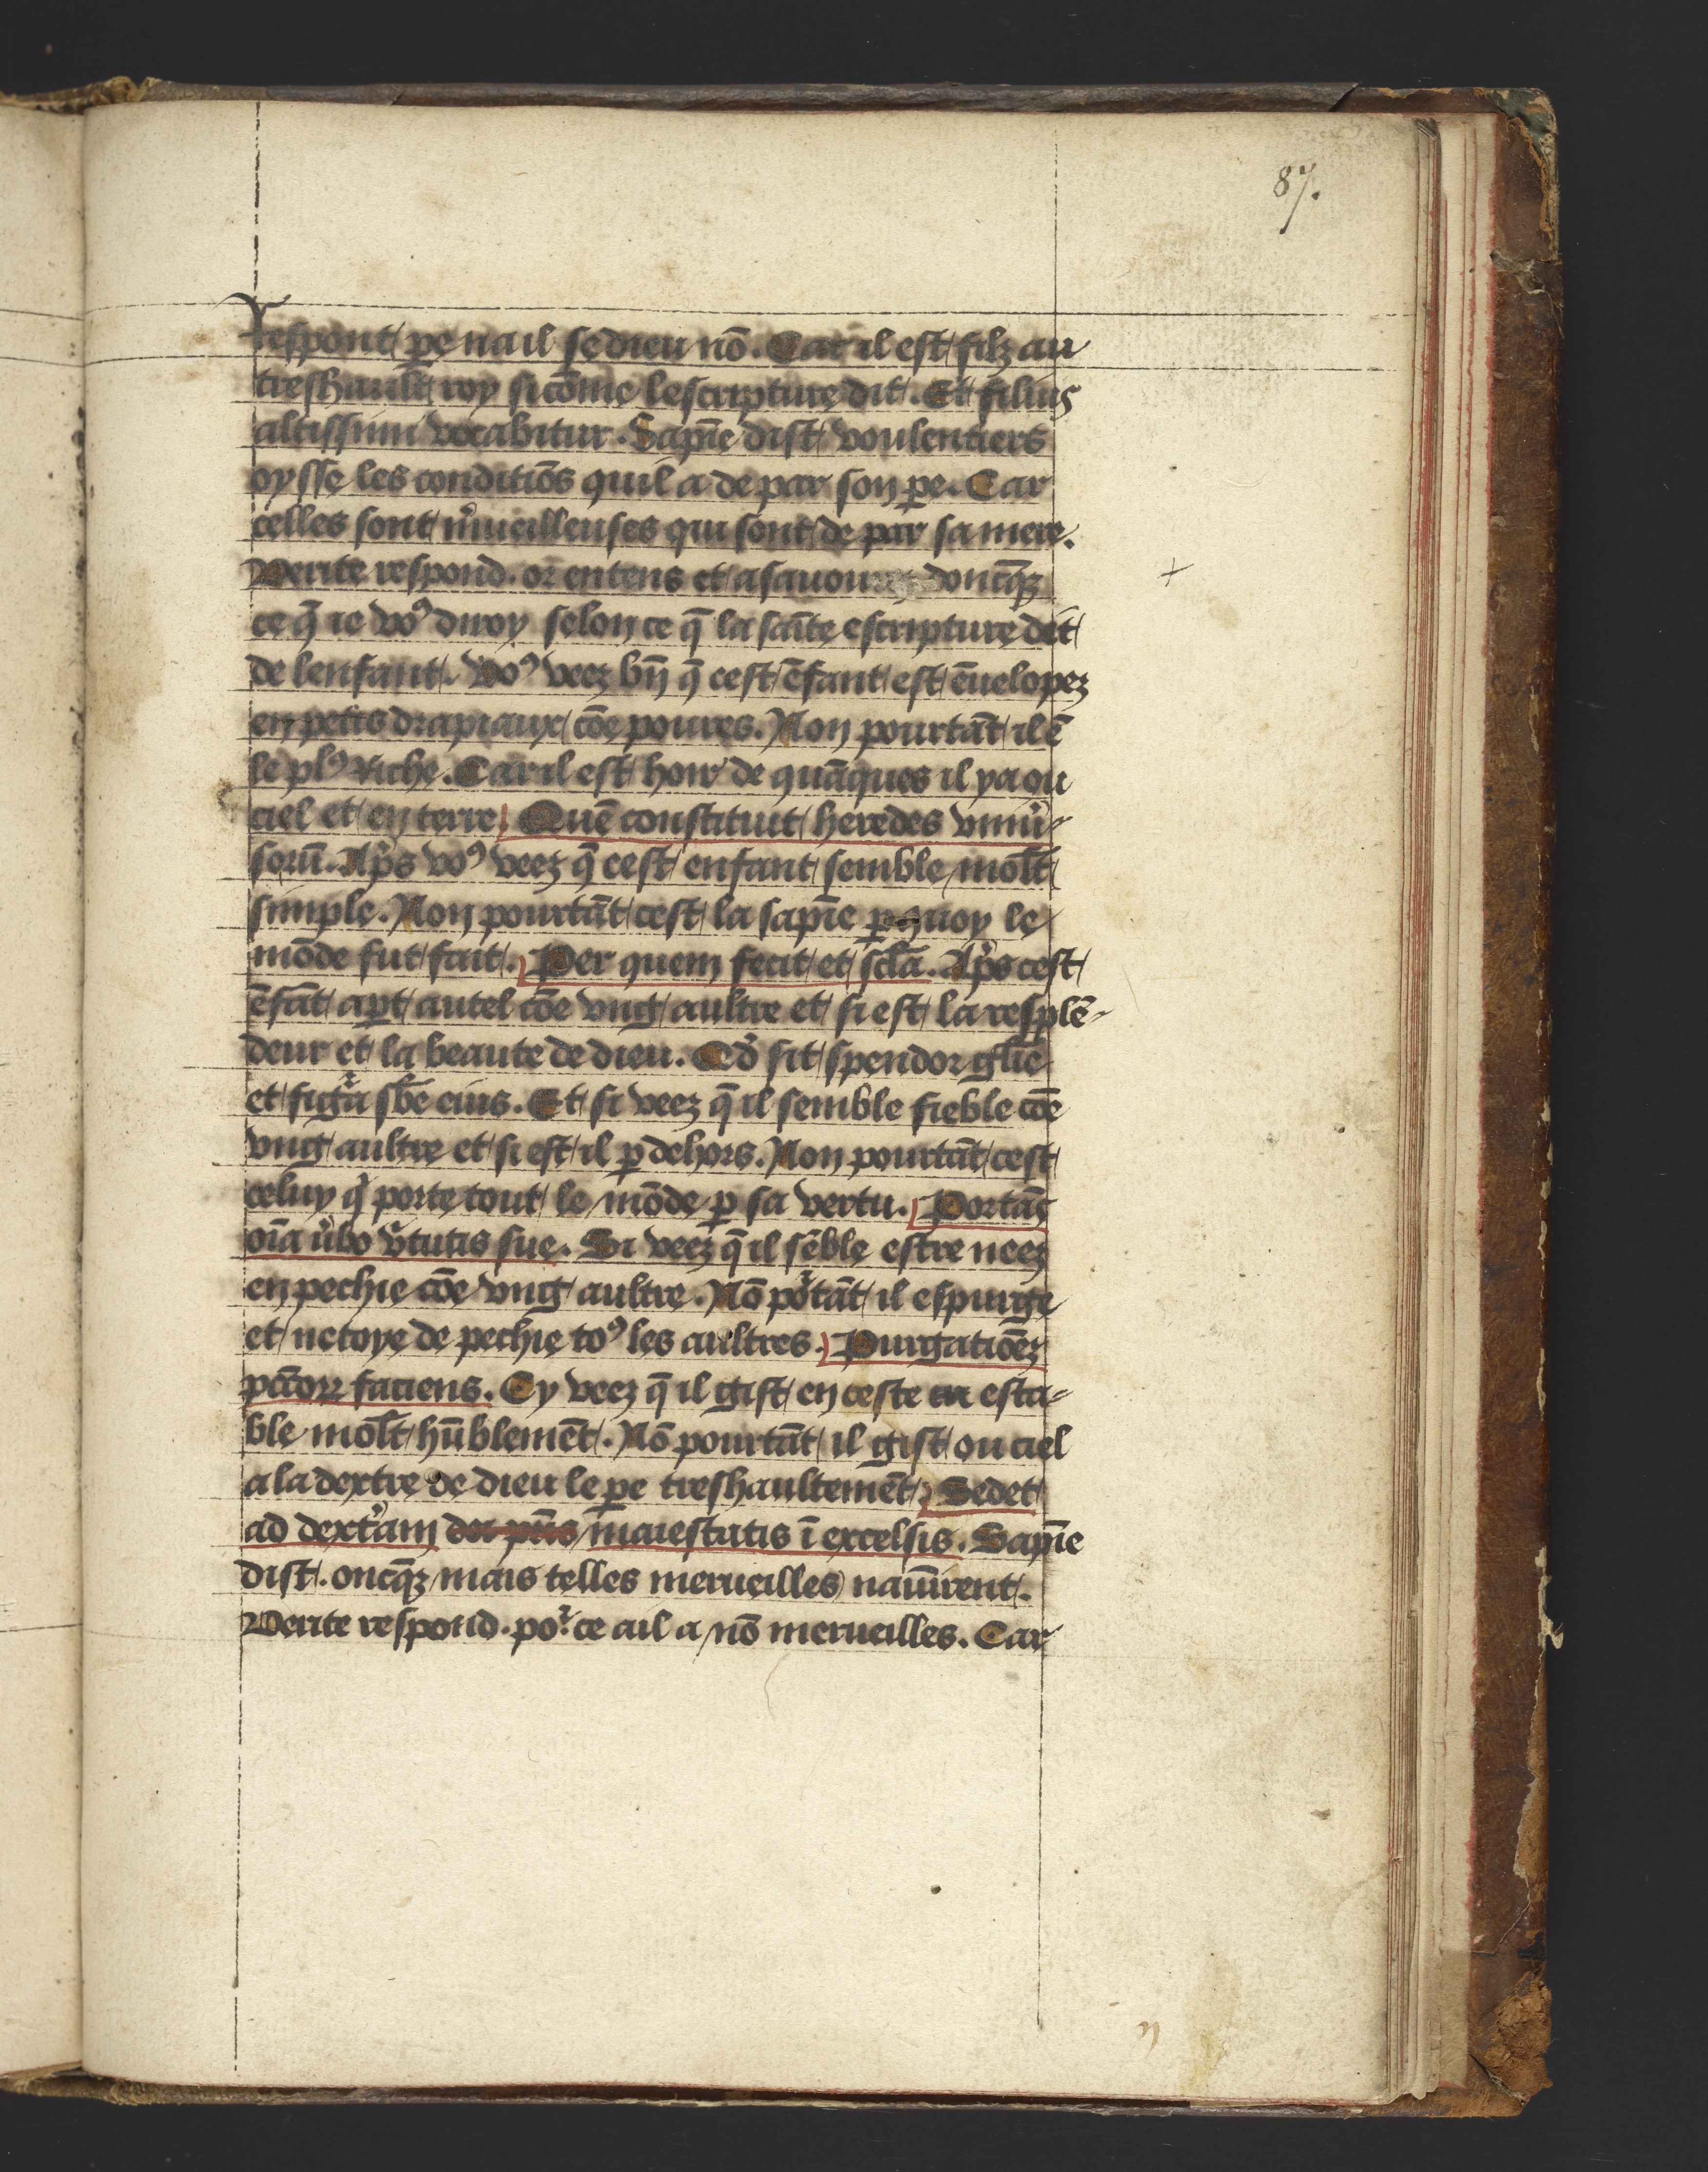
Shelfmark: Philadelphia, University of Pennsylvania, Ms. Codex 660
Century: 14